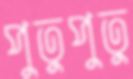
পুতুপুতু